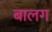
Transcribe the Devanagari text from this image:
बालग